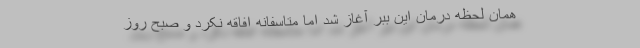
همان لحظه درمان این ببر آغاز شد اما متاسفانه افاقه نکرد و صبح روز